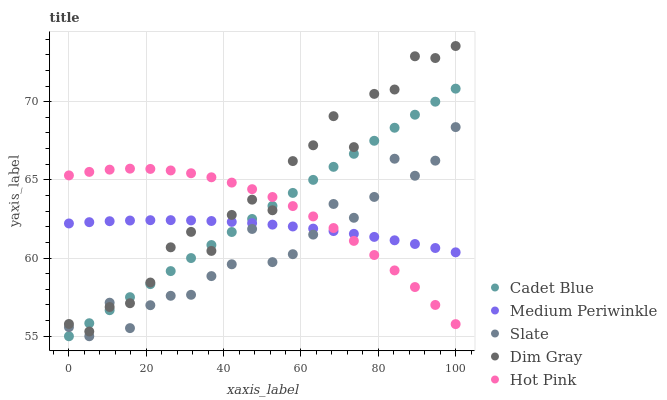
| xaxis_label | Cadet Blue | Medium Periwinkle | Slate | Dim Gray | Hot Pink |
 | --- | --- | --- | --- | --- | --- |
 | 0 | 55 | 62.2 | 55.6 | 55.8 | 65.3 |
 | 5.26 | 55.8 | 62.3 | 55 | 55.3 | 65.5 |
 | 10.5 | 56.7 | 62.4 | 57.1 | 56.9 | 65.7 |
 | 15.8 | 57.5 | 62.4 | 55.5 | 57.1 | 65.7 |
 | 21.1 | 58.3 | 62.4 | 57 | 58.4 | 65.7 |
 | 26.3 | 59.2 | 62.4 | 57.6 | 60.7 | 65.6 |
 | 31.6 | 60 | 62.4 | 57.7 | 61.7 | 65.4 |
 | 36.8 | 60.8 | 62.4 | 58.8 | 60.5 | 65.2 |
 | 42.1 | 61.7 | 62.3 | 59.6 | 62.8 | 64.8 |
 | 47.4 | 62.5 | 62.2 | 61.9 | 63.7 | 64.4 |
 | 52.6 | 63.3 | 62.1 | 59.7 | 63.1 | 63.9 |
 | 57.9 | 64.2 | 62 | 60.2 | 66.2 | 63.3 |
 | 63.2 | 65 | 61.9 | 61.5 | 67.2 | 62.7 |
 | 68.4 | 65.8 | 61.7 | 63.5 | 69.1 | 61.9 |
 | 73.7 | 66.7 | 61.6 | 62.6 | 67.1 | 61.1 |
 | 78.9 | 67.5 | 61.4 | 63.9 | 70.5 | 60.2 |
 | 84.2 | 68.3 | 61.1 | 66.4 | 70.8 | 59.2 |
 | 89.5 | 69.2 | 60.9 | 65.3 | 72.9 | 58.1 |
 | 94.7 | 70 | 60.6 | 66.2 | 72.8 | 57 |
 | 100 | 70.8 | 60.4 | 68.4 | 73.6 | 55.8 |